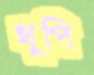
থুপি